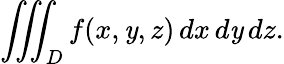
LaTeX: \iiint_{D}f(x,\mathit{y},z)\, dx\, d\mathit{y}\, dz.